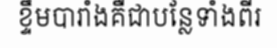
ខ្ទឹមបារាំងគឺជាបន្លែទាំងពីរ